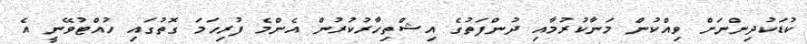
ކުޑަކުދިންނަށް ވިއްކުން މަނާކުރުމާއި ދުންފަތުގެ އިޝްތިހާރުކުރުން އެންމެ ފުރިހަމަ ގޮތުގައި ހުއްޓުވޭނީ އެ